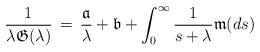
LaTeX: \begin{align*}\frac{1}{\lambda \mathfrak{G}(\lambda)} \, = \, \frac{\mathfrak{a}}{\lambda} + \mathfrak{b} + \int_0^\infty \frac{1}{s+\lambda} \mathfrak{m}(ds)\end{align*}